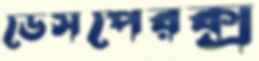
ডেসপেরক্স